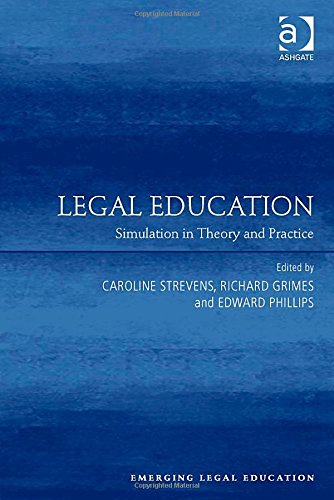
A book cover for Legal Education: Simulation in Theory and Practice (Emerging Legal Education); Law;